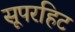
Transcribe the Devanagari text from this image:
सूपरहिट